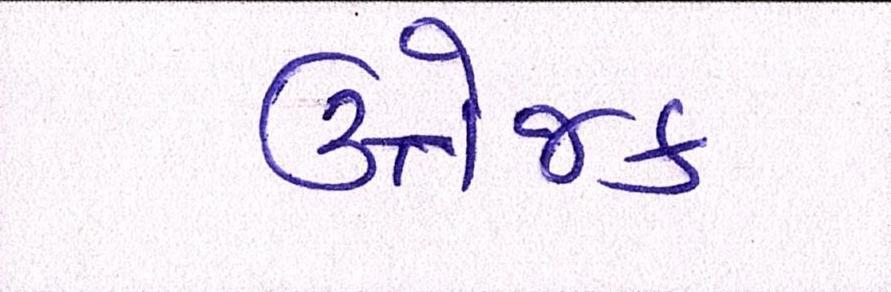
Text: ઉત્તેજક